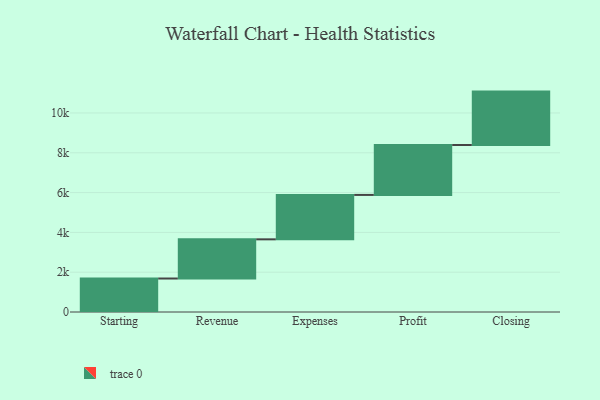
{"axis": {"x": "Step", "y": "Value"}, "legend": [""], "data": [{"x": "Starting", "y": 1683.0, "type": ""}, {"x": "Revenue", "y": 1968.0, "type": ""}, {"x": "Expenses", "y": 2232.0, "type": ""}, {"x": "Profit", "y": 2509.0, "type": ""}, {"x": "Closing", "y": 2683.0, "type": ""}]}